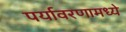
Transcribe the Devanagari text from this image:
पर्यावरणामध्ये